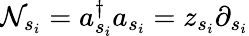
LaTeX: \mathcal{N}_{s_{i}}=a_{s_{i}}^{\dagger}a_{s_{i}}=z_{s_{i}}\partial_{s_{i}}